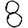
Digit: 8